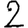
Digit: 2